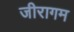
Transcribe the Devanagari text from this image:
जीरागम